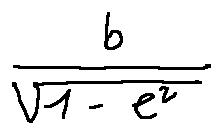
\frac { b } { \sqrt { 1 - e ^ { 2 } } }